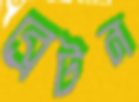
ব্রেটন